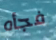
فجأه